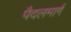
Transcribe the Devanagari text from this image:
पैदलमार्ग